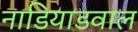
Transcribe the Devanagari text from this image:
नाडियाडवाल